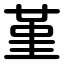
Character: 堇